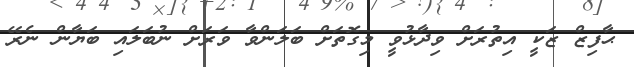
ޙާފިޒް ޒަކީ އިތުރަށް ވިދާޅުވީ މިގޮތަށް ބަލަންވާ ވަރަށް ނުބަލައި ބަޔާން ނެރޭ